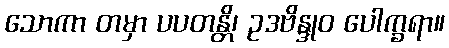
သောကာ တမှာ ပပတန္တိ၊ ဥဒဗိန္ဒုဝ ပေါက္ခရာ။